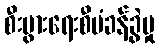
စီးပွားရေးစီမံခန့်ခွဲမှု